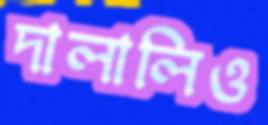
দালালিও